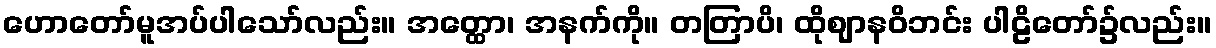
ဟောတော်မူအပ်ပါသော်လည်း။ အတ္ထော၊ အနက်ကို။ တတြာပိ၊ ထိုဈာနဝိဘင်း ပါဠိတော်၌လည်း။